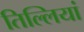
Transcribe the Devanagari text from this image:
तिल्लियां